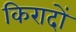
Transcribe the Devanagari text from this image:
किरादों